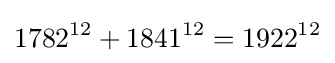
1782^{12}+1841^{12}=1922^{12}